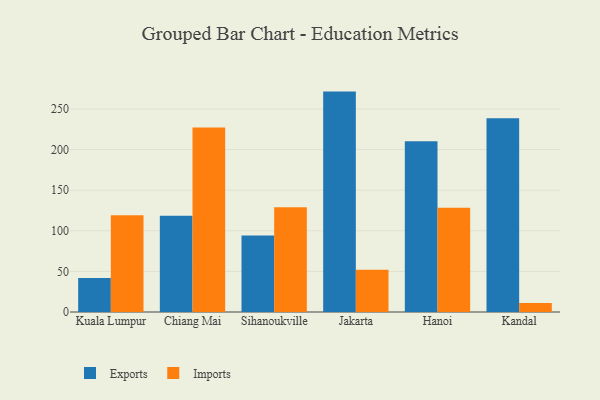
{"axis": {"x": "City", "y": "Waste Production (Tons)"}, "legend": ["Exports", "Imports"], "data": [{"x": "Kuala Lumpur", "y": 42.0, "type": "Exports"}, {"x": "Kuala Lumpur", "y": 119.2, "type": "Imports"}, {"x": "Chiang Mai", "y": 118.6, "type": "Exports"}, {"x": "Chiang Mai", "y": 227.2, "type": "Imports"}, {"x": "Sihanoukville", "y": 94.1, "type": "Exports"}, {"x": "Sihanoukville", "y": 129.1, "type": "Imports"}, {"x": "Jakarta", "y": 271.4, "type": "Exports"}, {"x": "Jakarta", "y": 52.0, "type": "Imports"}, {"x": "Hanoi", "y": 210.4, "type": "Exports"}, {"x": "Hanoi", "y": 128.5, "type": "Imports"}, {"x": "Kandal", "y": 238.5, "type": "Exports"}, {"x": "Kandal", "y": 11.2, "type": "Imports"}]}